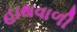
હાથવાળી